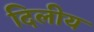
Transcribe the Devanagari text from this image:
दिलीय